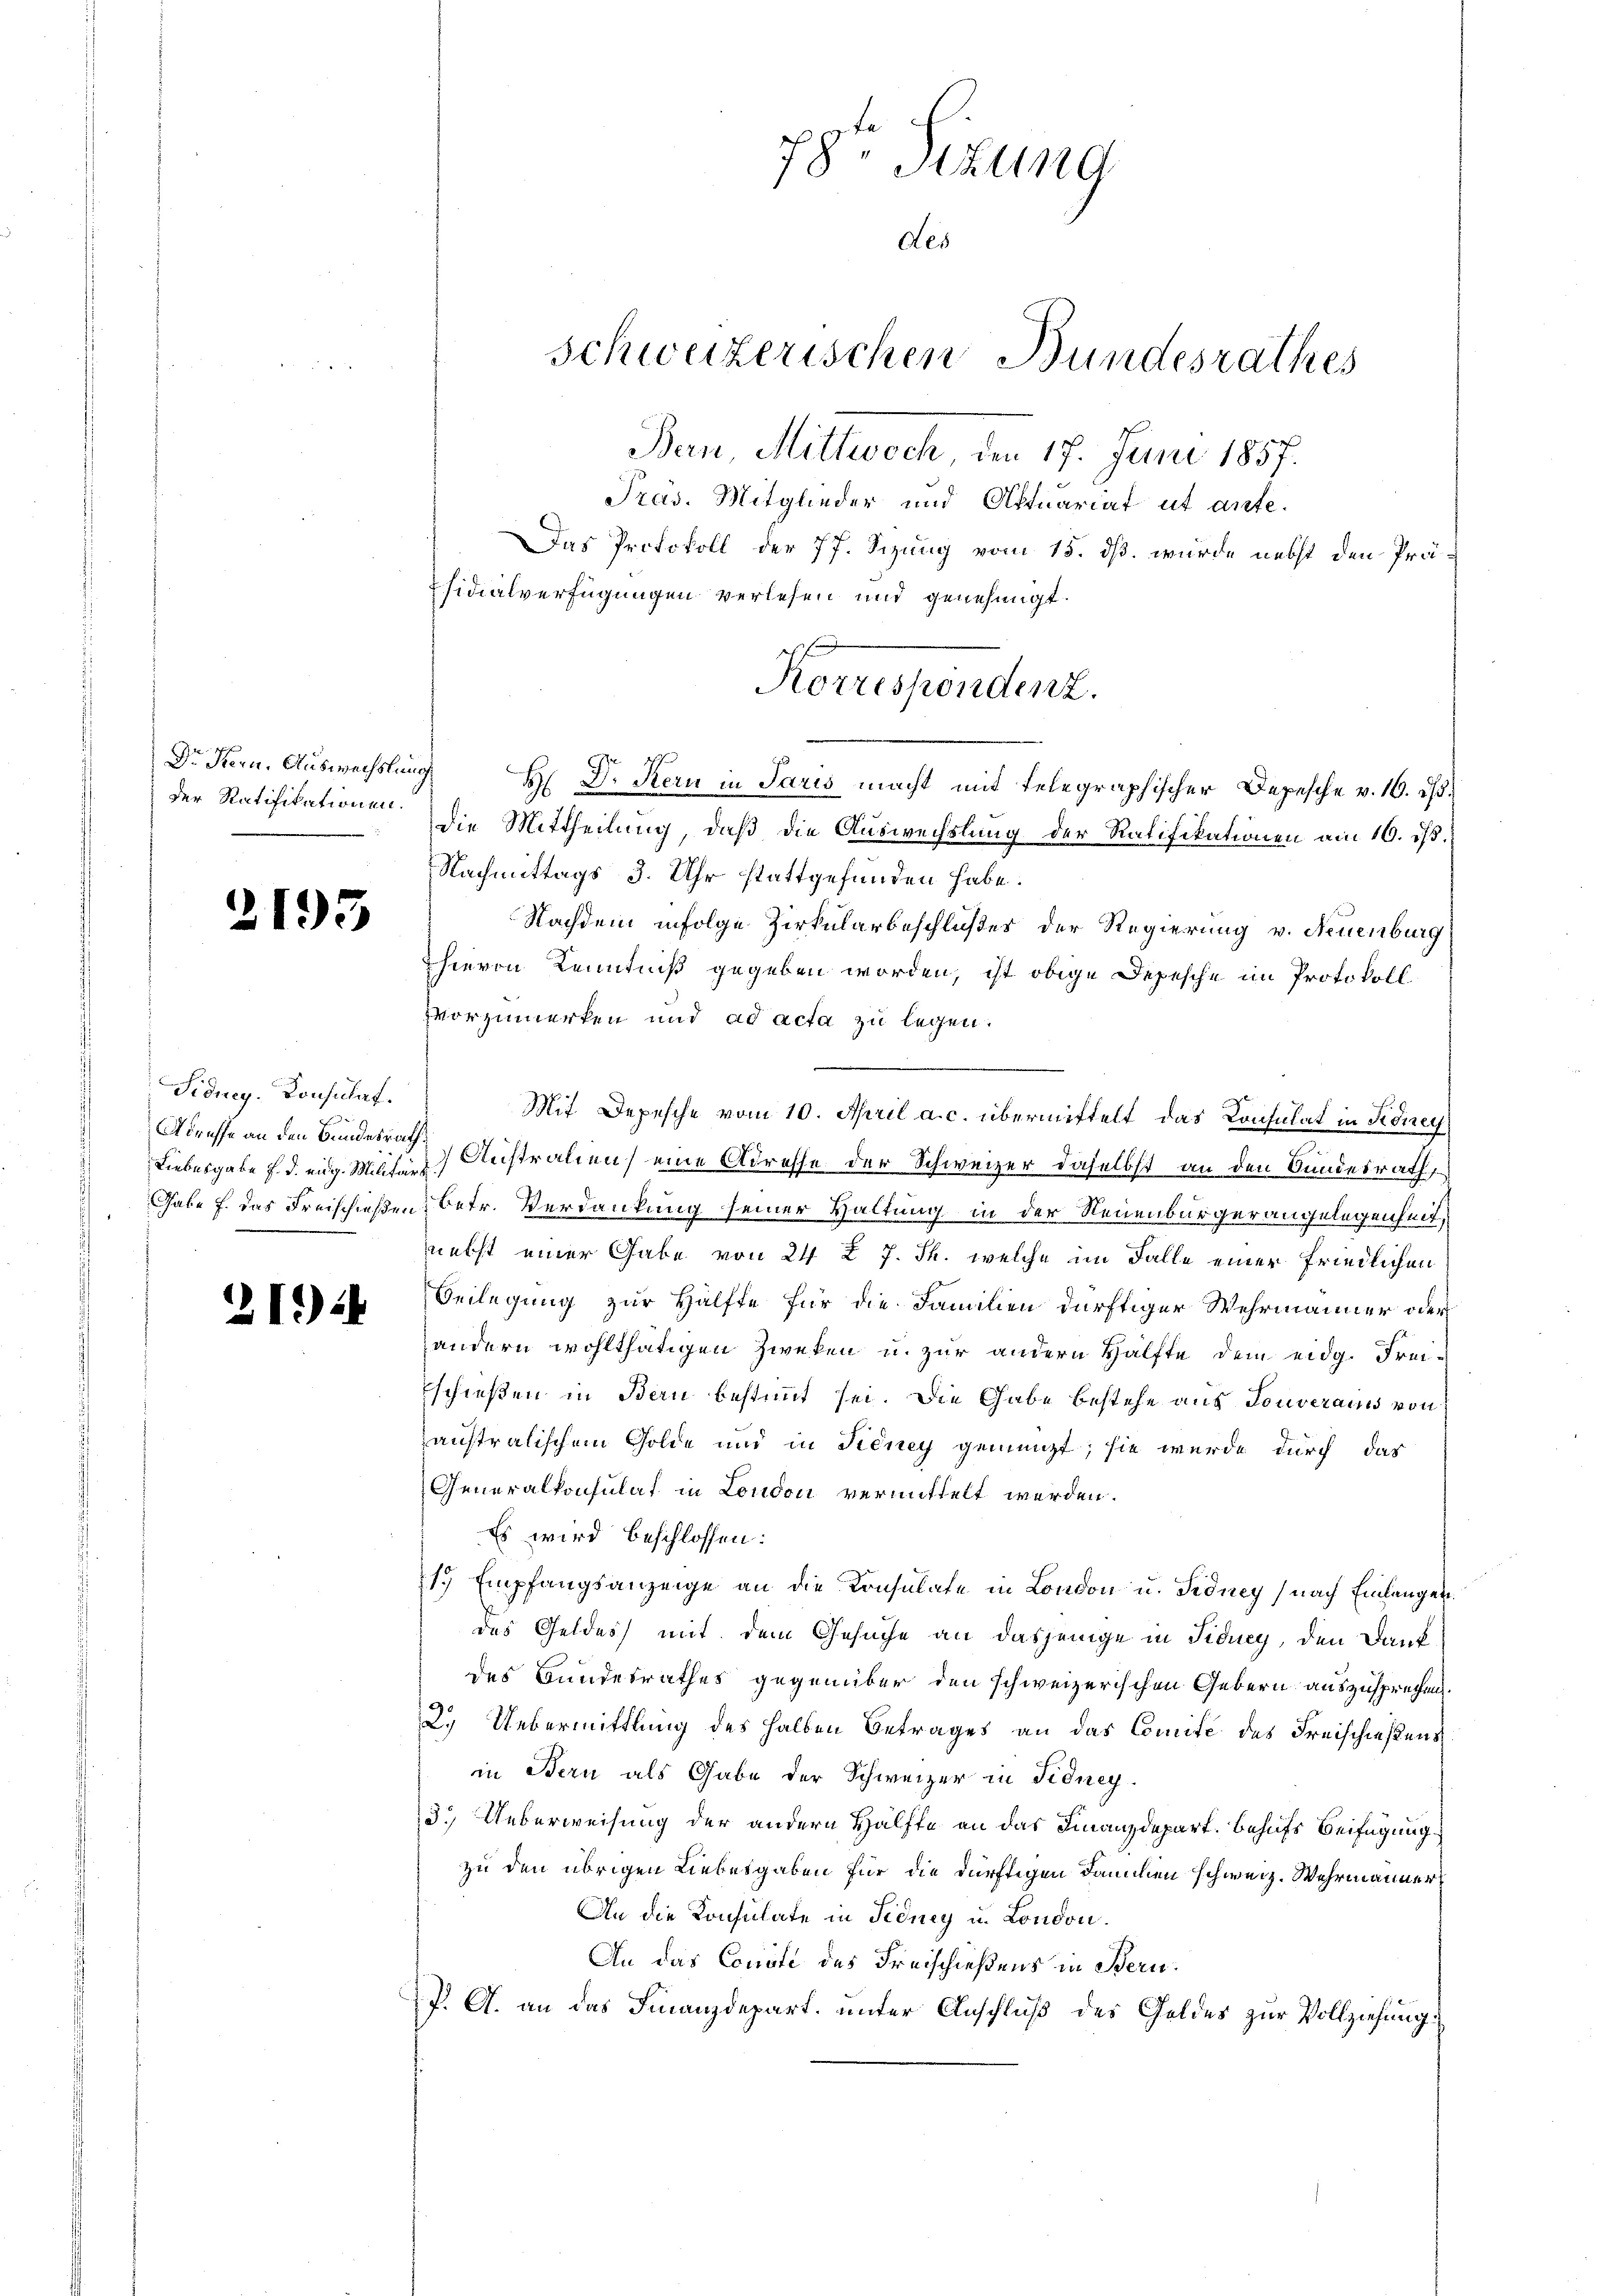
Dr. Fern, Auswechslung
der Ratifikationen.

2193

Sidney. Konsulat.
Adresse an den Bundesrath,

21)

Das Protokoll der 77. Sizung vom 15. dß. wurde nebst den Präsidialverfügungen verlesen und genehmigt.
die Mittheilung, daß die Auswechslung der Ratifikationen am 16. ist.
Nachmittags 3. Uhr stattgefunden habe.
Nachdem infolge Zirkularbeschloßes der Regierung v. Neuenburg
hievon Kenntniß gegeben worden, ist obige Depesche im Protokoll
zvorzumerken und ad acta zu legen.
Mit Depesche vom 10. April a. c. übermittelt das Consulat in Koney
Liebesgabe f. d. eig. Militar Geistralien eine Adresse der Schweizer daselbst an den Bundesrath
Gabe f. das Freischießen betr. Verdankung seiner Haltung in der Neuenburgerangelegenheit,
nebst einer Gabe von 24 x 7. Th. welche im Falle einer friedlichen
Beilegung zur Hälfte für die Familien dürftiger Wehrmänner oder
andern wohlthätigen Zweken u. zur andern Hälfte dem eidg. Frei-
Eschießen in Bern bestimmt sei. Die Gabe bestehe aus Gouverains von
anstralischem Golde und in Picney gemengt; sie wurde durch das
Generalkonsulat in London vermittelt werden.
Es wird beschlossen:
1. Empfangsanzeige an die Konsulate in London u. Fidney) nach Einlangen.
des Geldes mit dem Gesuche an dasjenige in Fiducy, den Dankdes Bundesrathes gegenüber den schweizerischen Gebern auszusprechen.
2.) Uebermittlung des halben Betrages an das Comite des Freischießens
in Bern als Gabe der Schweizer in Fidney¬
3.) Ueberweisung der andern Hälfte an das Finanzdepart. behufs Beifügung
zu den übrigen Liebesgaben für die dürftigen Fammen schweiz. Wehrmanner
An die Konsulate in Fidney u. London.
An das Conste des Freischießens in Bern.
J. A. an das Finanzdepart. unter Anschluß des Geldes zur Vollziehung

78. Sizung
schweizerischen Bundesrathes
Bern, Mittwoch, den 17. Juni 1857.
Präs. Mitglieder und Oftuariat ut anfe¬

des

Korrespendenz.
H Dr. Kern in Paris macht mit telegraphischer Depesche v. 16. ds.